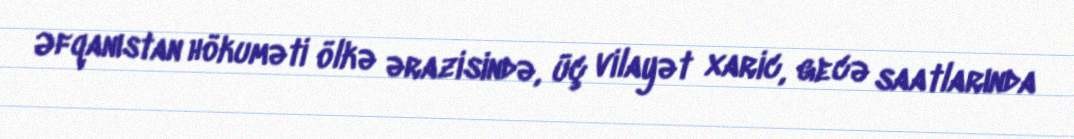
Əfqanıstan hökuməti ölkə ərazisində, üç vilayət xaric, gecə saatlarında